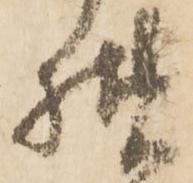
様